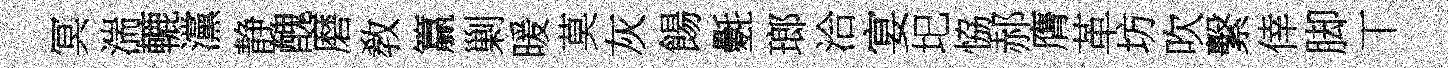
冥湍轆灙静醜磨敎籯剿暖莫灰餳氎瑯洽宴圯恊郝膺革坊吹繫倖脚丅